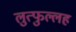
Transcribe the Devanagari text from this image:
लुत्फुल्लह